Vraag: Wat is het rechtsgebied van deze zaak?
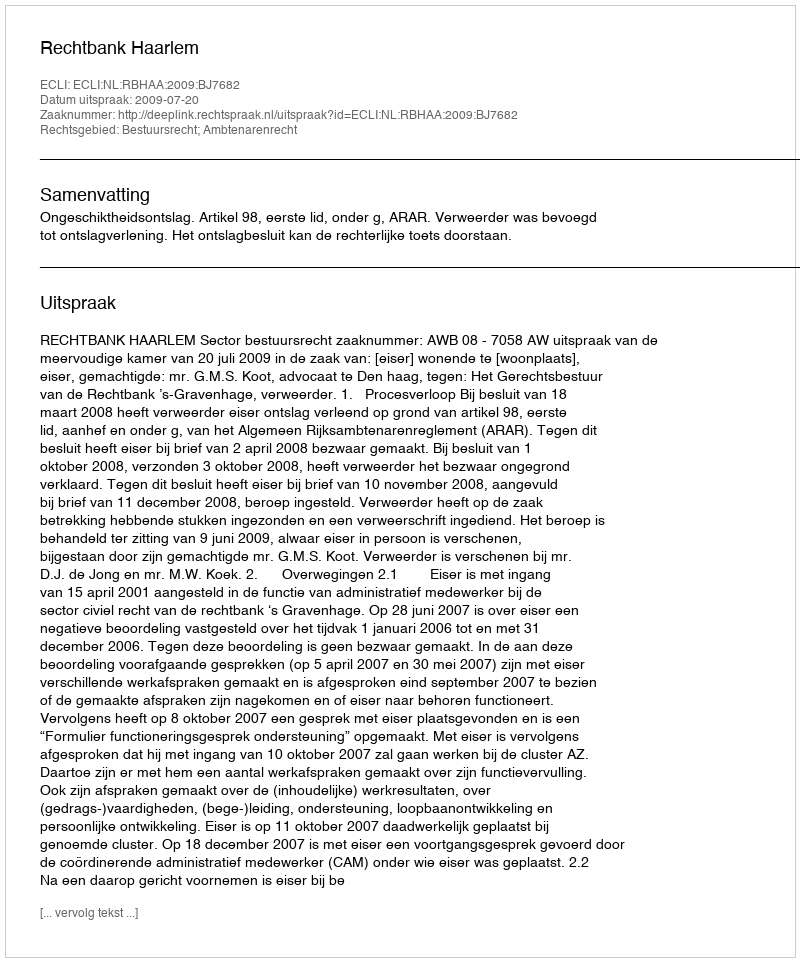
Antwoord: Bestuursrecht; Ambtenarenrecht